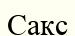
Сакс